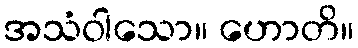
အသံဝါသော။ ဟောတိ။